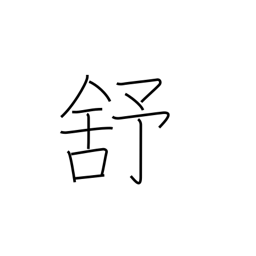
Meaning: relax